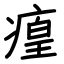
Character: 㾮